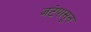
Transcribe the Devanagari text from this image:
जटेपासून